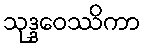
သုဒ္ဒဝေဿိကာ